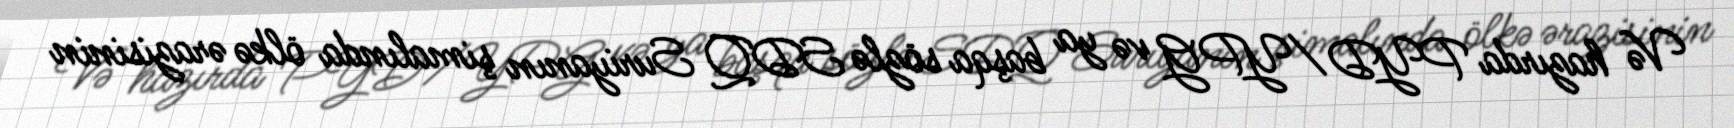
Və hazırda PYD/YPG və ya başqa sözlə SDQ Suriyanın şimalında ölkə ərazisinin